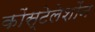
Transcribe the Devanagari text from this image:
कोंस्टेलेशोंन